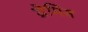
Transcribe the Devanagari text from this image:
ग्रेमिस